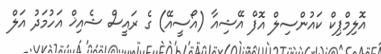
އޮލިމްޕިކް ކައުންސިލް އޮފް އޭޝިއާ (އޯސީއޭ) ގެ ރައީސް ޝެއިޚް އަހުމަދު އަލް